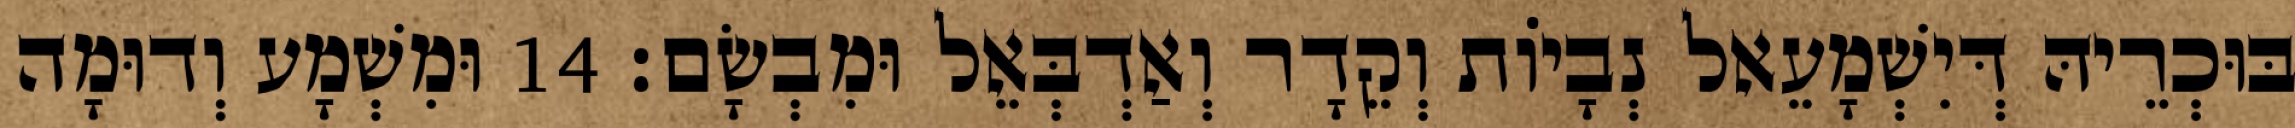
בּוּכְרֵיהּ דְּיִשְׁמָעֵאל נְבָיוֹת וְקֵדָר וְאַדְבְּאֵל וּמִבְשָׂם׃ 14 וּמִשְׁמָע וְדוּמָה